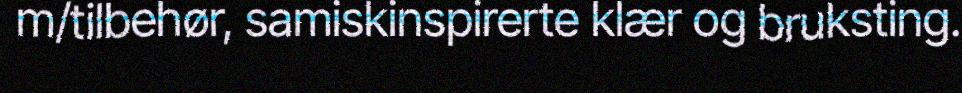
m/tilbehør, samiskinspirerte klær og bruksting.